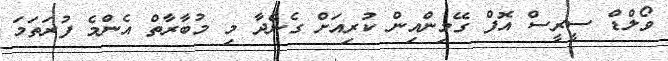
ވޯލްޑް ސީރީސް އޮފް ގޭމިންއިން ކުރިއަށް ގެންދާ މި މުބާރާތް އެންމެ ފުރަތަމަ